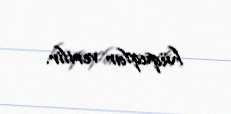
hüquqlar verilir.